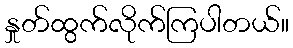
နှုတ်ထွက်လိုက်ကြပါတယ်။